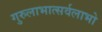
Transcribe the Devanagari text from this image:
गुरुलाभात्सर्वलाभो